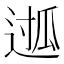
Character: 𮞖